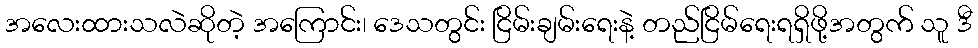
အလေးထားသလဲဆိုတဲ့ အကြောင်း၊ ဒေသတွင်း ငြိမ်းချမ်းရေးနဲ့ တည်ငြိမ်ရေးရရှိဖို့အတွက် သူ ဒီ